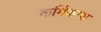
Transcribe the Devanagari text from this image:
कर्मिकरण